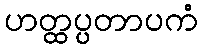
ဟတ္ထပ္ပတာပကံ